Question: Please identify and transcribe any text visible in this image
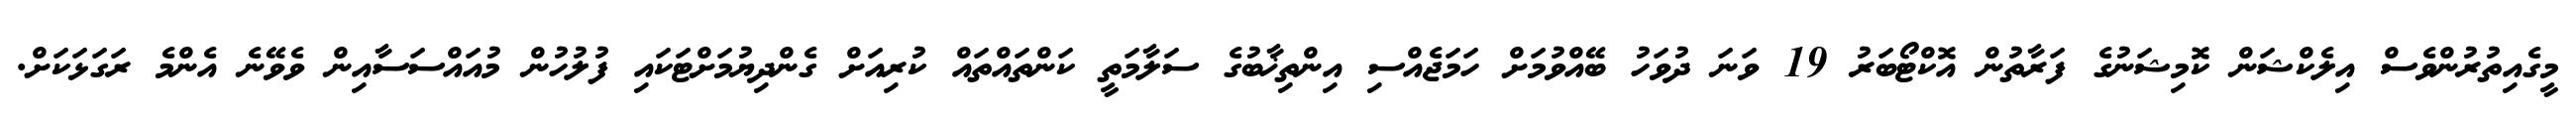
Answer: މީގެއިތުރުންވެސް އިލެކްޝަން ކޮމިޝަނުގެ ފަރާތުން އޮކްޓޯބަރު 19 ވަނަ ދުވަހު ބޭއްވުމަށް ހަމަޖެއްސި އިންތިޚާބުގެ ސަލާމަތީ ކަންތައްތައް ކުރިއަށް ގެންދިޔުމަށްޓަކައި ފުލުހުން މުއައްސަސާއިން ވެވޭނެ އެންމެ ރަގަޅަކަށް.